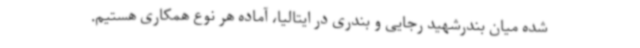
شده میان بندرشهید رجایی و بندری در ایتالیا، آماده هر نوع همکاری هستیم.